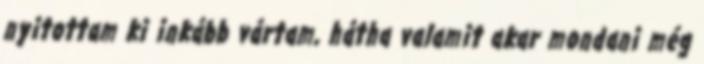
nyitottam ki inkább vártam, hátha valamit akar mondani még